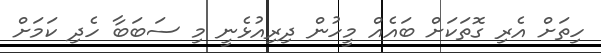
ހިތަށް އެރި ގޮތަކަށް ބައެއް މީހުން ދިރިއުޅެނީ މި ސަބަބާ ހެދި ކަމަށް